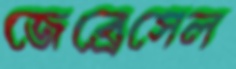
জেব্রেসেল